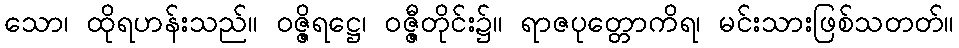
သော၊ ထိုရဟန်းသည်။ ဝဇ္ဇိရဋ္ဌေ၊ ဝဇ္ဇီတိုင်း၌။ ရာဇပုတ္တောကိရ၊ မင်းသားဖြစ်သတတ်။